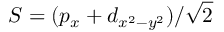
S = ( p _ { x } + d _ { x ^ { 2 } - y ^ { 2 } } ) / \sqrt { 2 }